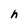
Character: h